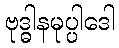
ဗုဒ္ဓါနမုပ္ပါဒေါ